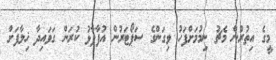
މީގެ އިތުރުން މެޗު ނިމުމަށްފަހު ވިގަންގެ ސަޕޯޓަރުން އުފާފާޅު ކުރަން ގަވައިދާ ޚިލާފަށް